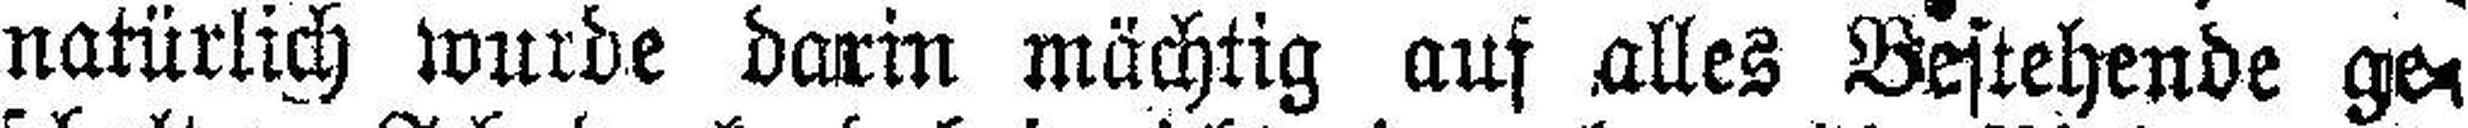
natürlich wurde darin mächtig auf alles Bestehende ge¬